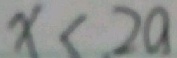
x < 2 a